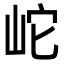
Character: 岮